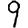
Digit: 9